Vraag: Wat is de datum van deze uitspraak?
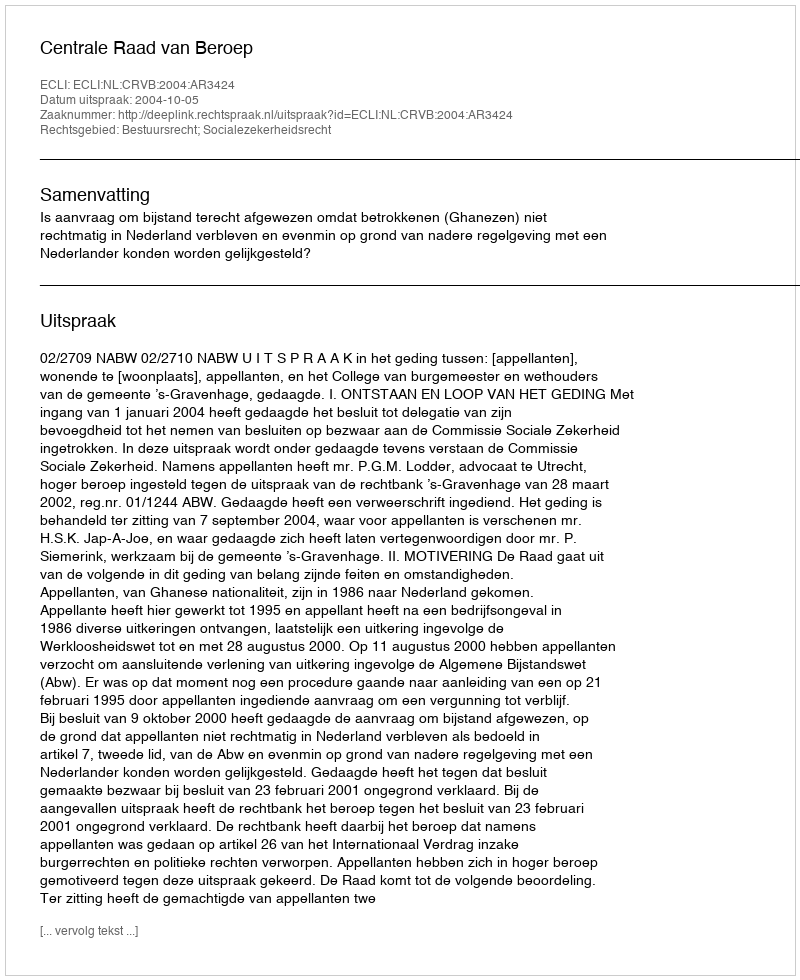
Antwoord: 2004-10-05